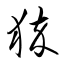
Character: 猝